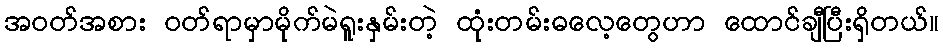
အဝတ်အစား ဝတ်ရာမှာမိုက်မဲရူးနှမ်းတဲ့ ထုံးတမ်းဓလေ့တွေဟာ ထောင်ချီပြီးရှိတယ်။